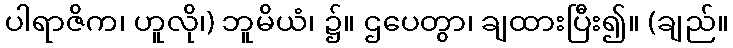
ပါရာဇိက၊ ဟူလို၊) ဘူမိယံ၊ ၌။ ဌပေတွာ၊ ချထားပြီး၍။ (ချည်။